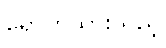
ရောက်သွားသည့်